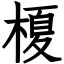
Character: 榎